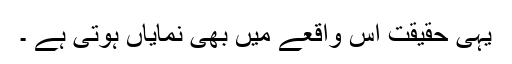
یہی حقیقت اس واقعے میں بھی نمایاں ہوتی ہے ۔